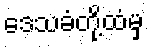
ဒေသခံတို့ထံမှ